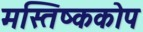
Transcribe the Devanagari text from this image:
मस्तिष्ककोप